Vaccination in Bombay 1856-1862 - 1856-1862
Year: 1856
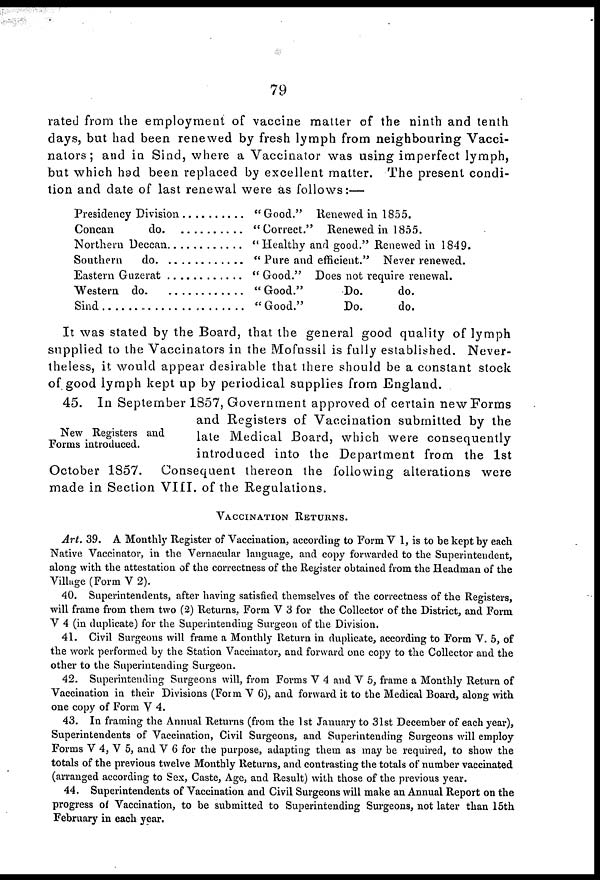
79
rated from the employment of vaccine matter of the ninth and tenth
days, but had been renewed by fresh lymph from neighbouring Vacci-
nators ; and in Sind, where a Vaccinator was using imperfect lymph,
but which had been replaced by excellent matter. The present condi-
tion and date of last renewal were as follows:—
Presidency Division . . . . .
Concan do. . . . . . .
Northern Deccan . . . . .
Siuthern do. . . . . .
Eastern Guzerat . . . .
Western do. . . . . .
Sind
.
.
.
.
.
.
" Good." Renewed in 1855.
"Correct." Renewed in 1855.
"Healthy and good." Renewed in 1849.
" Pure and efficient." Never renewed.
" Good." Does not require renewal.
" Good."
Do.
do.
"Good."
Do.
do.
It was stated by the Board, that the general good quality of lymph
supplied to the Vaccinators in the Mofussil is fully established. Never-
theless, it would appear desirable that there should be a constant stock
of good lymph kept up by periodical supplies from England.
New Registers and
Forms introduced.
45. In September 1857, Government approved of certain new Forms
and Registers of Vaccination submitted by the
late Medical Board, which were consequently
introduced into the Department from the 1st
October 1857. Consequent thereon the following alterations were
made in Section VIII. of the Regulations.
VACCINATION RETURNS.
Art. 39. A Monthly Register of Vaccination, according to Form V 1, is to be kept by each
Native Vaccinator, in the Vernacular language, and copy forwarded to the Superintendent,
along with the attestation of the correctness of the Register obtained from the Headman of the
Village (Form V 2).
40. Superintendents, after having satisfied themselves of the correctness of the Registers,
will frame from them two (2) Returns, Form V 3 for the Collector of the District, and Form
V 4 (in duplicate) for the Superintending Surgeon of the Division.
41. Civil Surgeons will frame a Monthly Return in duplicate, according to Form V. 5, of
the work performed by the Station Vaccinator, and forward one copy to the Collector and the
other to the Superintending Surgeon.
42. Superintending Surgeons will, from Forms V 4 and V 5, frame a Monthly Return of
Vaccination in their Divisions (Form V 6), and forward it to the Medical Board, along with
one copy of Form V 4.
43. In framing the Annual Returns (from the 1st January to 31st December of each year),
Superintendents of Vaccination, Civil Surgeons, and Superintending Surgeons will employ
Forms V 4, V 5, and V 6 for the purpose, adapting them as may be required, to show the
totals of the previous twelve Monthly Returns, and contrasting the totals of number vaccinated
(arranged according to Sex, Caste, Age, and Result) with those of the previous year.
44. Superintendents of Vaccination and Civil Surgeons will make an Annual Report on the
progress of Vaccination, to be submitted to Superintending Surgeons, not later than 15th
February in each year.